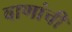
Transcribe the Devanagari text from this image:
बाणांची